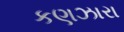
કણઝારા